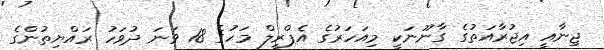
ޖިނާއީ އިޖުރާއަތުގެ ގާނޫނަކީ މިއަހަރުގެ އެޕްރީލް މަހުގެ 18 ވަނަ ދުވަހު ރައްޔިތުންގެ